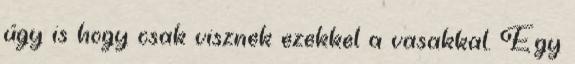
úgy is hogy csak visznek ezekkel a vasakkal. Egy